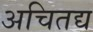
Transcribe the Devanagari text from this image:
अचितद्य